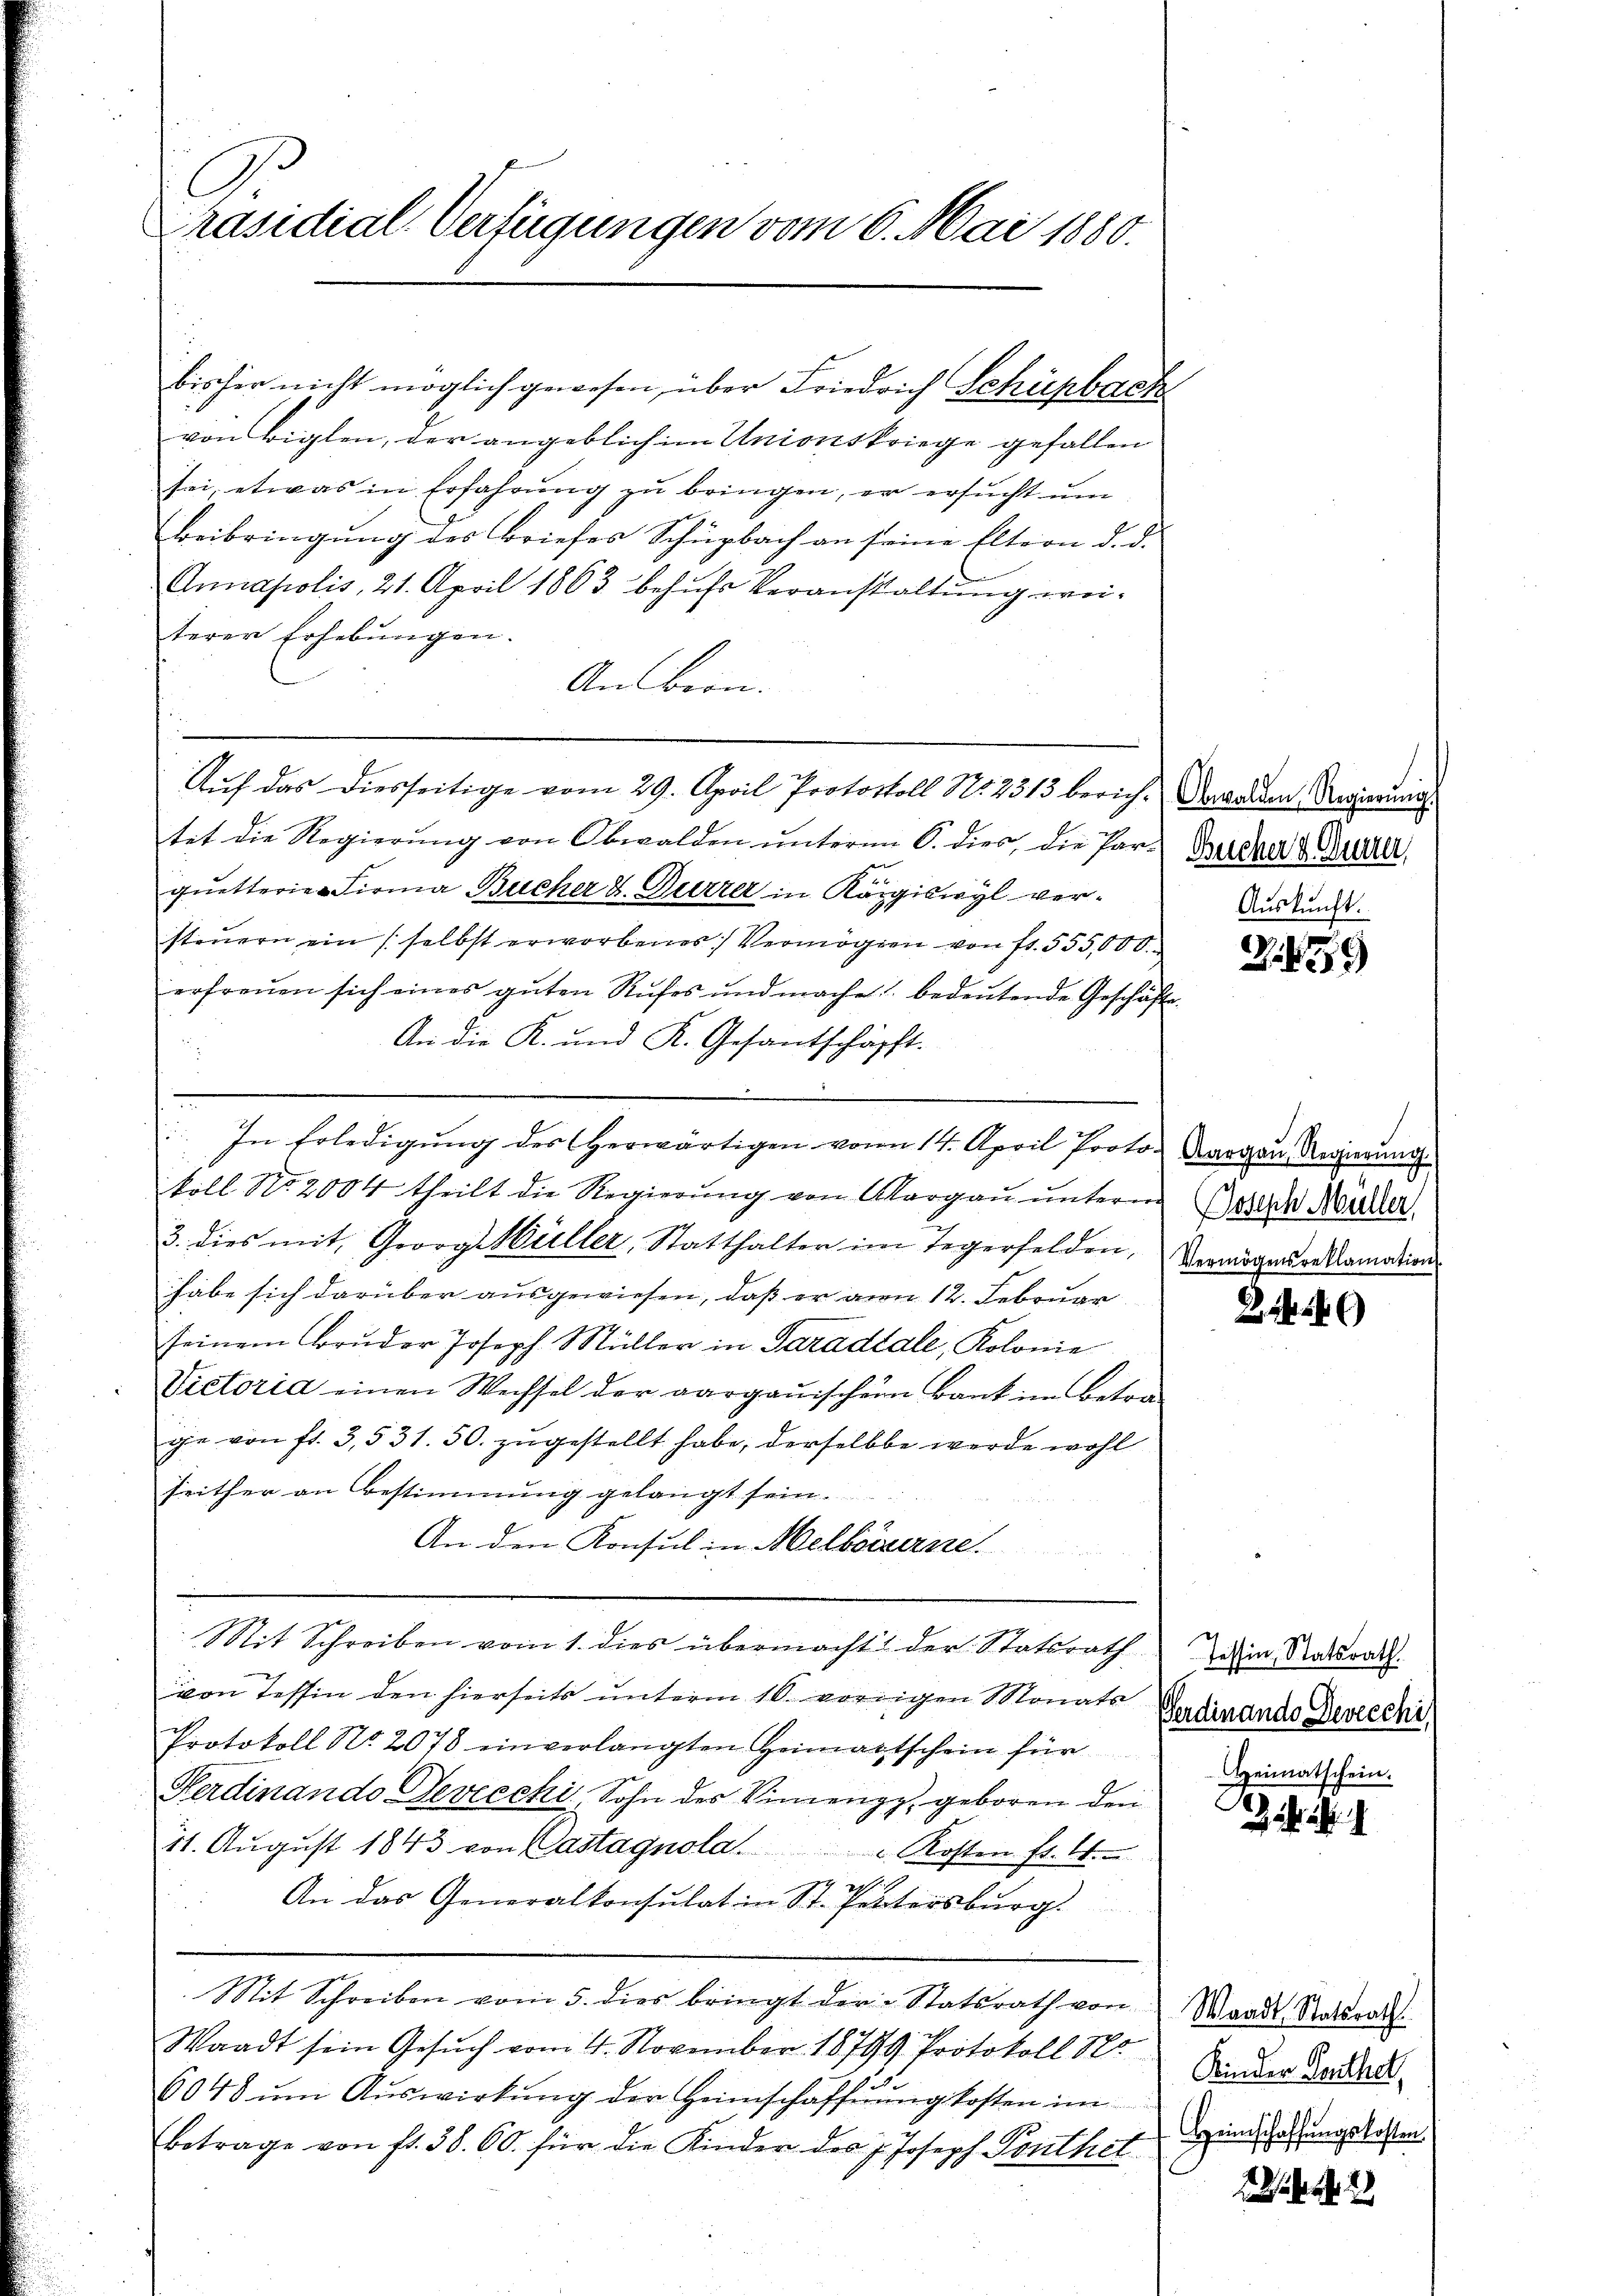
Präsidial-Verfügungen vom 6. Mai 1880.

bisher nicht möglich gewesen, über Friedrich Schüpbach
von Biglen, der angeblich im Unionskriege gefallen
sei, etwas in Erfahrŭng zŭ bringen, er ersŭcht ŭm
Beibringung des Briefes Schüzbach an seine Eltern d. d.
Annapolis, 21. April 1863 behufs Veranstaltung weiterer Erhebungen.
An Bein.
Auf das diesseitige vom 29. April Protocoll No 2313 berich. Verwalden Regierungs
tet die Regierung von Obwalden unterm 6. dies, die Par-Betrag derer,
e
quetterie Firma Bucher J. Furrer in Kaigiswyl versteuern ein selbst erworbenes Vermögen von fr. 555,000.
erfreuen sich eines guten Rufes und mache bedeŭtende Geschäfte
An die K. und K. Gesantschäfft.
: In Erledigŭng des Herwärtigen von 14. April Proto- Aargau, Regierŭng.
koll No. 2004 theilt die Regierŭng von Aargaŭ ŭnterm Bezeich Norder
3. dies mit Georg Müller, Statthalter im Tegerfelden,
habe sich darüber ausgewiesen, daß er am 12. Februar
seinem Bruder Joseph Müller in Paradiale, Kolonie
Victoria einen Wechsel der aargauischen Bank im Betrage von fl. 3,531. 50. zugestellt habe, derselbe werde wohl
seither an Bestimmung gelangt sein.
An den Konsul in Melbourne.
Mit Schreiben vom 1. dies übermacht der Stattrath
von Tessin den hierseits unterm 10. vorigen Monats Sardinande Devecchi
Protokoll No. 2078 einverlangten Heimattschein für
Ferdinando Sevecchi, Sohn des Vinengg, geboren den
11. Aŭgŭst 1843 von Castagnola  Kosten fr. 24.
An das Generalkonsulat in St. Petersburg.
Mit Schreiben vom 5. dies bringt der Statsrath von Waadt Ratsrath
Waadt sein Gesŭch vom 4. November 18799 Protokoll Sr. Die Zeitals
6048 ŭm Aŭswirkung der Heimschaffŭng kosten im
Betrage von fr. 38. 60. für die Kinder des 7. Joseph Linthct Hundschaffungskosten

Aŭskŭnft.

Z. 459

Vermögensreklamation

46)

Tessin, Statsrath.
eimatschein.

r . .